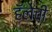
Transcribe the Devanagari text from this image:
हॅलेची